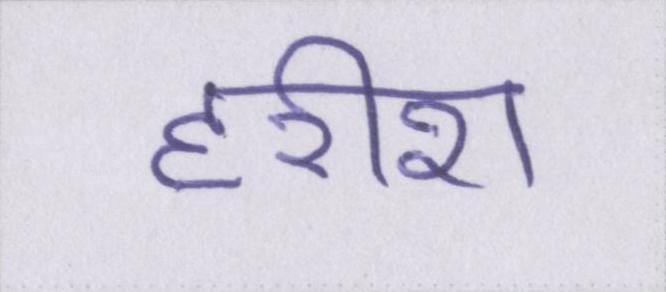
हरीश